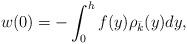
LaTeX: \begin{align*}w(0)=-\int_0^h f(y) \rho_{\bar k}(y) dy,\end{align*}